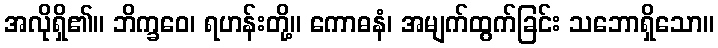
အလိုရှိ၏။ ဘိက္ခဝေ၊ ရဟန်းတို့။ ကောဓနံ၊ အမျက်ထွက်ခြင်း သဘောရှိသော။